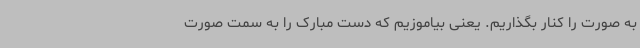
به صورت را کنار بگذاریم. یعنی بیاموزیم که دست‌ مبارک را به سمت صورت